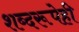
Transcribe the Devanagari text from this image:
शब्दरूपेही